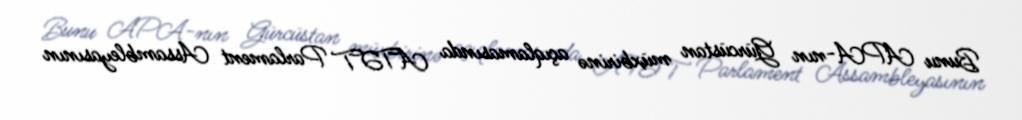
Bunu APA-nın Gürcüstan müxbirinə açıqlamasında ATƏT Parlament Assambleyasının